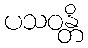
ပသဝန္တိ